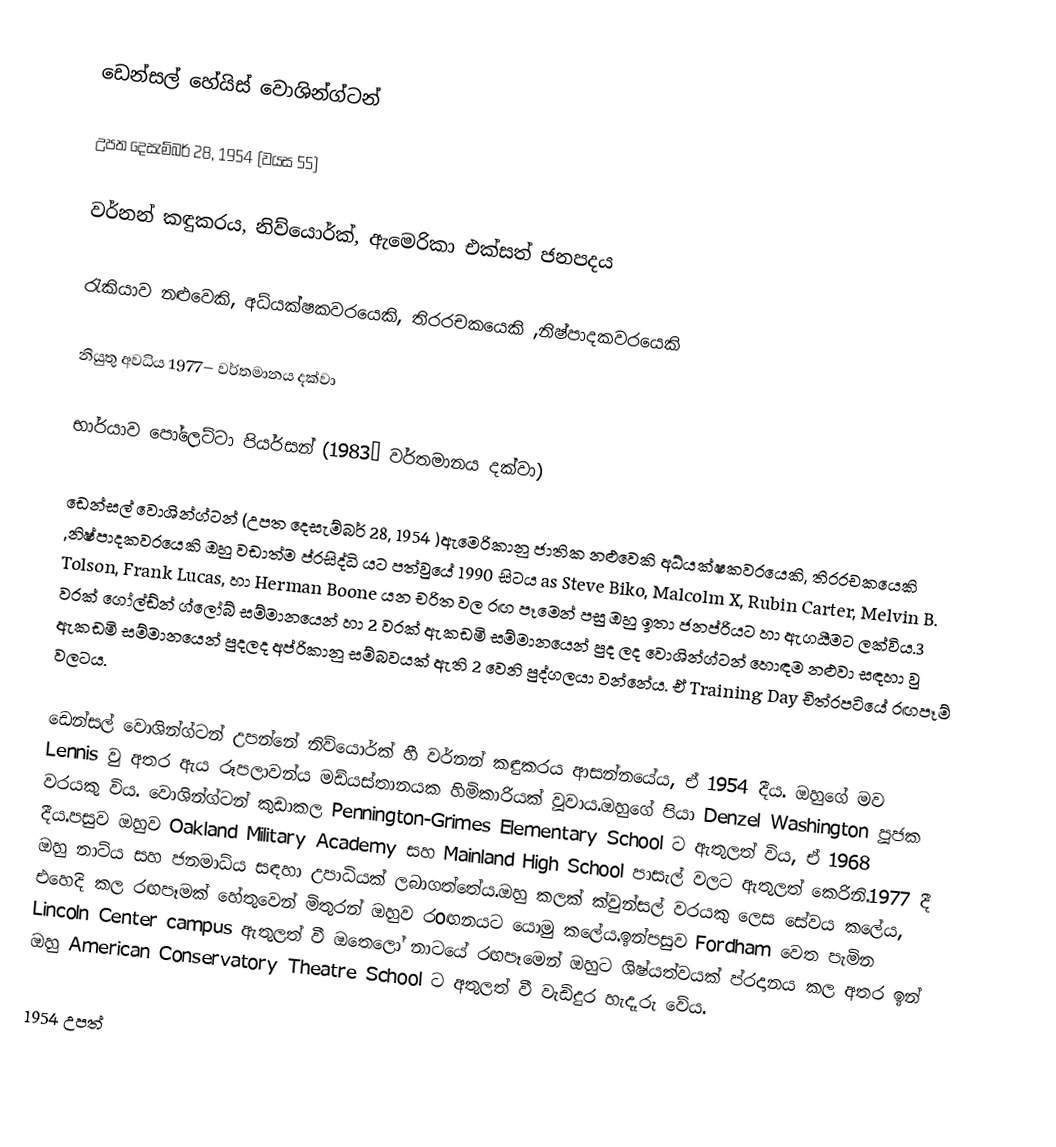
ඩෙන්සල් හේයිස් වොශින්ග්ටන්

උපත දෙසැම්බර් 28, 1954  (වයස 55)

වර්නන් කඳුකරය, නිව්යොර්ක්, ඇමෙරිකා එක්සත් ජනපදය

රැකියාව	නළුවෙකි, අධ්යක්ෂකවරයෙකි, තිරරචකයෙකි ,නිෂ්පාදකවරයෙකි

නියුතු අවධිය	1977– වර්තමානය දක්වා

භාර්යාව	පෝලෙට්ටා පියර්සන් (1983– වර්තමානය දක්වා)

ඩෙන්සල් වොශින්ග්ටන් (උපත දෙසැම්බර් 28, 1954 )ඇමෙරිකානු ජාතික නළුවෙකි අධ්යක්ෂකවරයෙකි, තිරරචකයෙකි ,නිෂ්පාදකවරයෙකි ඔහු වඩාත්ම ප්රසිද්ධි යට පත්වුයේ 1990 සිටය as Steve Biko, Malcolm X, Rubin Carter, Melvin B. Tolson, Frank Lucas, හා Herman Boone යන චරිත වල රඟ පෑමෙන් පසු ඔහු ඉතා ජනප්රියට හා ඇගයීමට ලක්විය.3 වරක් ගෝල්ඩ්න් ග්ලෝබ් සම්මානයෙන් හා 2 වරක් ඇකඩමි සම්මානයෙන් පුද ලද වොශින්ග්ටන් හොඳම නළුවා සඳහා වු ඇකඩමි සම්මානයෙන් පුදලද අප්රිකානු සම්බවයක් ඇති 2 වෙනි පුද්ගලයා වන්නේය. ඒ Training Day  චිත්රපටියේ රඟපෑම් වලටය.

ඩෙන්සල් වොශින්ග්ටන් උපන්නේ නිව්යොර්ක්  හී වර්නන් කඳුකරය ආසන්නයේය, ඒ 1954 දීය. ඔහුගේ මව Lennis වු අතර ඇය රූපලාවන්ය මඩ්යස්තානයක හිමිකාරියක් වූවාය.ඔහුගේ පියා Denzel Washington පූජක වරයකු විය. වොශින්ග්ටන් කුඩාකල Pennington-Grimes Elementary School ට ඇතුලත් විය, ඒ 1968 දීය.පසුව ඔහුව Oakland Military Academy සහ Mainland High School පාසැල් වලට ඇතුලත් කෙරිනි.1977 දී ඔහු නාට්ය සහ ජනමාධ්ය සඳහා උපාධියක් ලබාගත්තේය.ඔහු කලක් ක්වුන්සල් වරයකු ලෙස සේවය කලේය, එහෙදි කල රඟපෑමක් හේතුවෙන් මිතුරන් ඔහුව රoඟනයට යොමු කලේය.ඉන්පසුව Fordham වෙත පැමින Lincoln Center campus ඇතුලත් වී ඔතෙලෝ නාටයේ රඟපෑමෙන් ඔහුට  ශිෂ්යත්වයක් ප්රදානය කල අතර ඉන් ඔහු American Conservatory Theatre School ට අතුලත් වී වැඩිදුර හැදෑරු වේය.

1954 උපත්